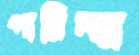
পারিন্যা